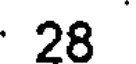
28